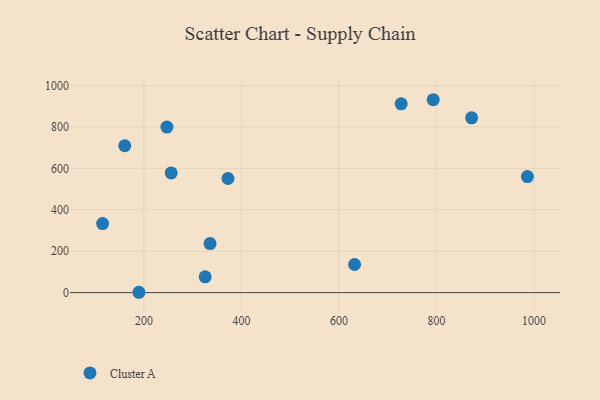
{"axis": {"x": "Experience", "y": "Rating"}, "legend": ["Cluster A"], "data": [{"x": "632.0", "y": 135.9, "type": "Cluster A"}, {"x": "189.7", "y": 1.7, "type": "Cluster A"}, {"x": "335.6", "y": 236.8, "type": "Cluster A"}, {"x": "247.1", "y": 799.1, "type": "Cluster A"}, {"x": "115.3", "y": 333.6, "type": "Cluster A"}, {"x": "325.6", "y": 76.5, "type": "Cluster A"}, {"x": "793.3", "y": 931.3, "type": "Cluster A"}, {"x": "372.4", "y": 551.1, "type": "Cluster A"}, {"x": "727.6", "y": 911.4, "type": "Cluster A"}, {"x": "872.1", "y": 844.1, "type": "Cluster A"}, {"x": "986.4", "y": 560.2, "type": "Cluster A"}, {"x": "255.9", "y": 578.0, "type": "Cluster A"}, {"x": "160.7", "y": 709.2, "type": "Cluster A"}]}